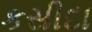
કસીદા